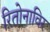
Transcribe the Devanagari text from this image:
रितोनाविर